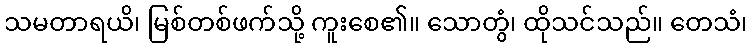
သမတာရယိ၊ မြစ်တစ်ဖက်သို့ ကူးစေ၏။ သောတွံ၊ ထိုသင်သည်။ တေသံ၊